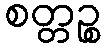
စတ္တဉ္စ